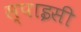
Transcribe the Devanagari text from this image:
स्‍पाइसी